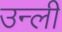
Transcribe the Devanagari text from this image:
उन्ली